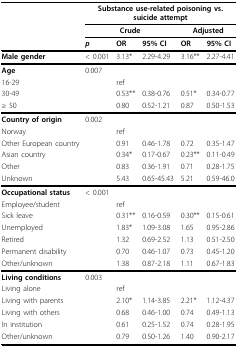
<table><thead><tr><td></td><td colspan="5"><b>Substance use-related poisoning vs. suicide attempt</b></td></tr><tr><td></td><td colspan="3"><b>Crude</b></td><td colspan="2"><b>Adjusted</b></td></tr><tr><td></td><td><b><i>p</i></b></td><td><b>OR</b></td><td><b>95% CI</b></td><td><b>OR</b></td><td><b>95% CI</b></td></tr></thead><tbody><tr><td><b>Male gender</b></td><td>&lt; 0.001</td><td>3.13*</td><td>2.29-4.29</td><td>3.16**</td><td>2.27-4.41</td></tr><tr><td><b>Age</b></td><td>0.007</td><td></td><td></td><td></td><td></td></tr><tr><td>16-29</td><td></td><td>ref</td><td></td><td></td><td></td></tr><tr><td>30-49</td><td></td><td>0.53**</td><td>0.38-0.76</td><td>0.51*</td><td>0.34-0.77</td></tr><tr><td>≥ 50</td><td></td><td>0.80</td><td>0.52-1.21</td><td>0.87</td><td>0.50-1.53</td></tr><tr><td><b>Country of origin</b></td><td>0.002</td><td></td><td></td><td></td><td></td></tr><tr><td>Norway</td><td></td><td>ref</td><td></td><td></td><td></td></tr><tr><td>Other European country</td><td></td><td>0.91</td><td>0.46-1.78</td><td>0.72</td><td>0.35-1.47</td></tr><tr><td>Asian country</td><td></td><td>0.34*</td><td>0.17-0.67</td><td>0.23**</td><td>0.11-0.49</td></tr><tr><td>Other</td><td></td><td>0.83</td><td>0.36-1.91</td><td>0.71</td><td>0.28-1.75</td></tr><tr><td>Unknown</td><td></td><td>5.43</td><td>0.65-45.43</td><td>5.21</td><td>0.59-46.0</td></tr><tr><td><b>Occupational status</b></td><td>&lt; 0.001</td><td></td><td></td><td></td><td></td></tr><tr><td>Employee/student</td><td></td><td>ref</td><td></td><td></td><td></td></tr><tr><td>Sick leave</td><td></td><td>0.31**</td><td>0.16-0.59</td><td>0.30**</td><td>0.15-0.61</td></tr><tr><td>Unemployed</td><td></td><td>1.83*</td><td>1.09-3.08</td><td>1.65</td><td>0.95-2.86</td></tr><tr><td>Retired</td><td></td><td>1.32</td><td>0.69-2.52</td><td>1.13</td><td>0.51-2.50</td></tr><tr><td>Permanent disability</td><td></td><td>0.70</td><td>0.46-1.07</td><td>0.73</td><td>0.45-1.20</td></tr><tr><td>Other/unknown</td><td></td><td>1.38</td><td>0.87-2.18</td><td>1.11</td><td>0.67-1.83</td></tr><tr><td><b>Living conditions</b></td><td>0.003</td><td></td><td></td><td></td><td></td></tr><tr><td>Living alone</td><td></td><td>ref</td><td></td><td></td><td></td></tr><tr><td>Living with parents</td><td></td><td>2.10*</td><td>1.14-3.85</td><td>2.21*</td><td>1.12-4.37</td></tr><tr><td>Living with others</td><td></td><td>0.68</td><td>0.46-1.00</td><td>0.74</td><td>0.49-1.13</td></tr><tr><td>In institution</td><td></td><td>0.61</td><td>0.25-1.52</td><td>0.74</td><td>0.28-1.95</td></tr><tr><td>Other/unknown</td><td></td><td>0.79</td><td>0.50-1.26</td><td>1.40</td><td>0.90-2.17</td></tr></tbody></table>